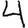
Digit: 4